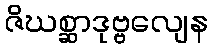
ဇိဃစ္ဆာဒုဗ္ဗလျေန